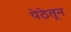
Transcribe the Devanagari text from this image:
पेठेतून